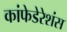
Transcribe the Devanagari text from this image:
कांफेडेरेशंस